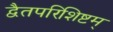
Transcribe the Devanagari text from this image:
द्वैतपरिशिष्टम्